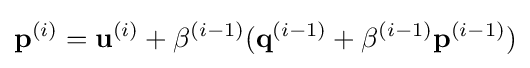
{\mathbf {p}}^{(i)}={\mathbf {u}}^{(i)}+\beta ^{(i-1)}({\mathbf {q}}^{(i-1)}+\beta ^{(i-1)}{\mathbf {p}}^{(i-1)})